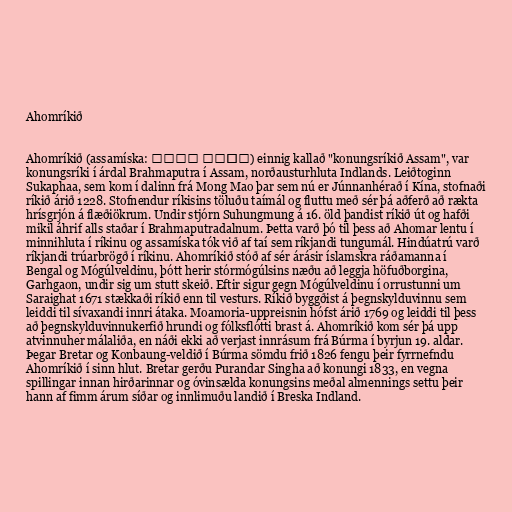
Ahomríkið

Ahomríkið (assamíska: আহোম ৰাজ্য) einnig kallað "konungsríkið Assam", var
konungsríki í árdal Brahmaputra í Assam, norðausturhluta Indlands. Leiðtoginn
Sukaphaa, sem kom í dalinn frá Mong Mao þar sem nú er Júnnanhérað í Kína, stofnaði
ríkið árið 1228. Stofnendur ríkisins töluðu taímál og fluttu með sér þá aðferð að rækta
hrísgrjón á flæðiökrum. Undir stjórn Suhungmung á 16. öld þandist ríkið út og hafði
mikil áhrif alls staðar í Brahmaputradalnum. Þetta varð þó til þess að Ahomar lentu í
minnihluta í ríkinu og assamíska tók við af taí sem ríkjandi tungumál. Hindúatrú varð
ríkjandi trúarbrögð í ríkinu. Ahomríkið stóð af sér árásir íslamskra ráðamanna í
Bengal og Mógúlveldinu, þótt herir stórmógúlsins næðu að leggja höfuðborgina,
Garhgaon, undir sig um stutt skeið. Eftir sigur gegn Mógúlveldinu í orrustunni um
Saraighat 1671 stækkaði ríkið enn til vesturs. Ríkið byggðist á þegnskylduvinnu sem
leiddi til sívaxandi innri átaka. Moamoria-uppreisnin hófst árið 1769 og leiddi til þess
að þegnskylduvinnukerfið hrundi og fólksflótti brast á. Ahomríkið kom sér þá upp
atvinnuher málaliða, en náði ekki að verjast innrásum frá Búrma í byrjun 19. aldar.
Þegar Bretar og Konbaung-veldið í Búrma sömdu frið 1826 fengu þeir fyrrnefndu
Ahomríkið í sinn hlut. Bretar gerðu Purandar Singha að konungi 1833, en vegna
spillingar innan hirðarinnar og óvinsælda konungsins meðal almennings settu þeir
hann af fimm árum síðar og innlimuðu landið í Breska Indland.